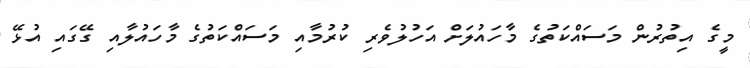
މީގެ އިތުރުން މަސައްކަތުގެ މާހައުލަށް އަހުލުވެރި ކުރުމާއި މަސައްކަތުގެ މާހައުލާއި ގޭގައި އުޅޭ